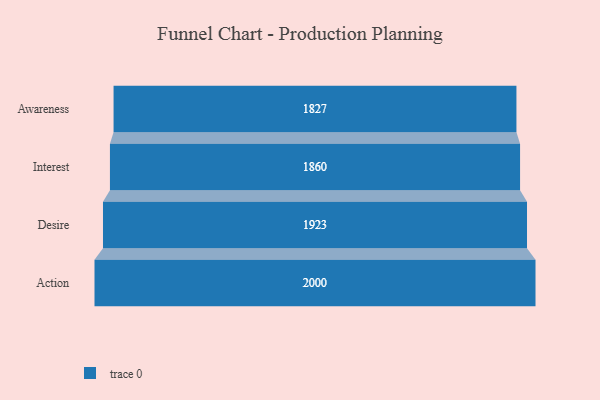
{"axis": {"x": "Stage", "y": "Value"}, "legend": [""], "data": [{"x": "Awareness", "y": 1827.0, "type": ""}, {"x": "Interest", "y": 1860.0, "type": ""}, {"x": "Desire", "y": 1923.0, "type": ""}, {"x": "Action", "y": 2000, "type": ""}]}